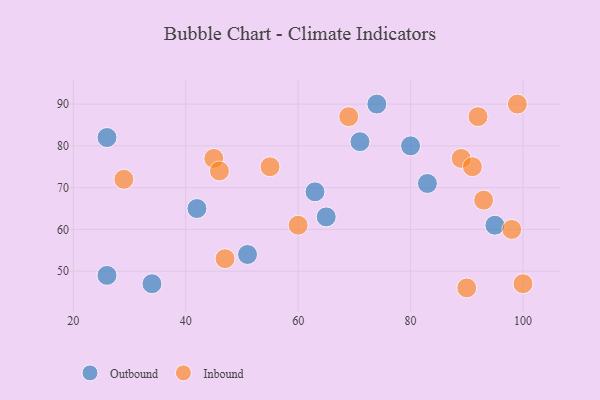
{"axis": {"x": "GDP", "y": "Life Expectancy"}, "legend": ["Inbound", "Outbound"], "data": [{"x": "26", "y": 49, "type": "Outbound"}, {"x": "71", "y": 81, "type": "Outbound"}, {"x": "83", "y": 71, "type": "Outbound"}, {"x": "65", "y": 63, "type": "Outbound"}, {"x": "51", "y": 54, "type": "Outbound"}, {"x": "26", "y": 82, "type": "Outbound"}, {"x": "34", "y": 47, "type": "Outbound"}, {"x": "95", "y": 61, "type": "Outbound"}, {"x": "42", "y": 65, "type": "Outbound"}, {"x": "63", "y": 69, "type": "Outbound"}, {"x": "80", "y": 80, "type": "Outbound"}, {"x": "74", "y": 90, "type": "Outbound"}, {"x": "45", "y": 77, "type": "Inbound"}, {"x": "99", "y": 90, "type": "Inbound"}, {"x": "29", "y": 72, "type": "Inbound"}, {"x": "89", "y": 77, "type": "Inbound"}, {"x": "90", "y": 46, "type": "Inbound"}, {"x": "46", "y": 74, "type": "Inbound"}, {"x": "93", "y": 67, "type": "Inbound"}, {"x": "91", "y": 75, "type": "Inbound"}, {"x": "100", "y": 47, "type": "Inbound"}, {"x": "47", "y": 53, "type": "Inbound"}, {"x": "69", "y": 87, "type": "Inbound"}, {"x": "92", "y": 87, "type": "Inbound"}, {"x": "98", "y": 60, "type": "Inbound"}, {"x": "55", "y": 75, "type": "Inbound"}, {"x": "60", "y": 61, "type": "Inbound"}]}